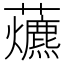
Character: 𧅃